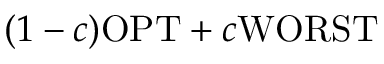
( 1 - c ) \mathrm { O P T } + c \mathrm { W O R S T }